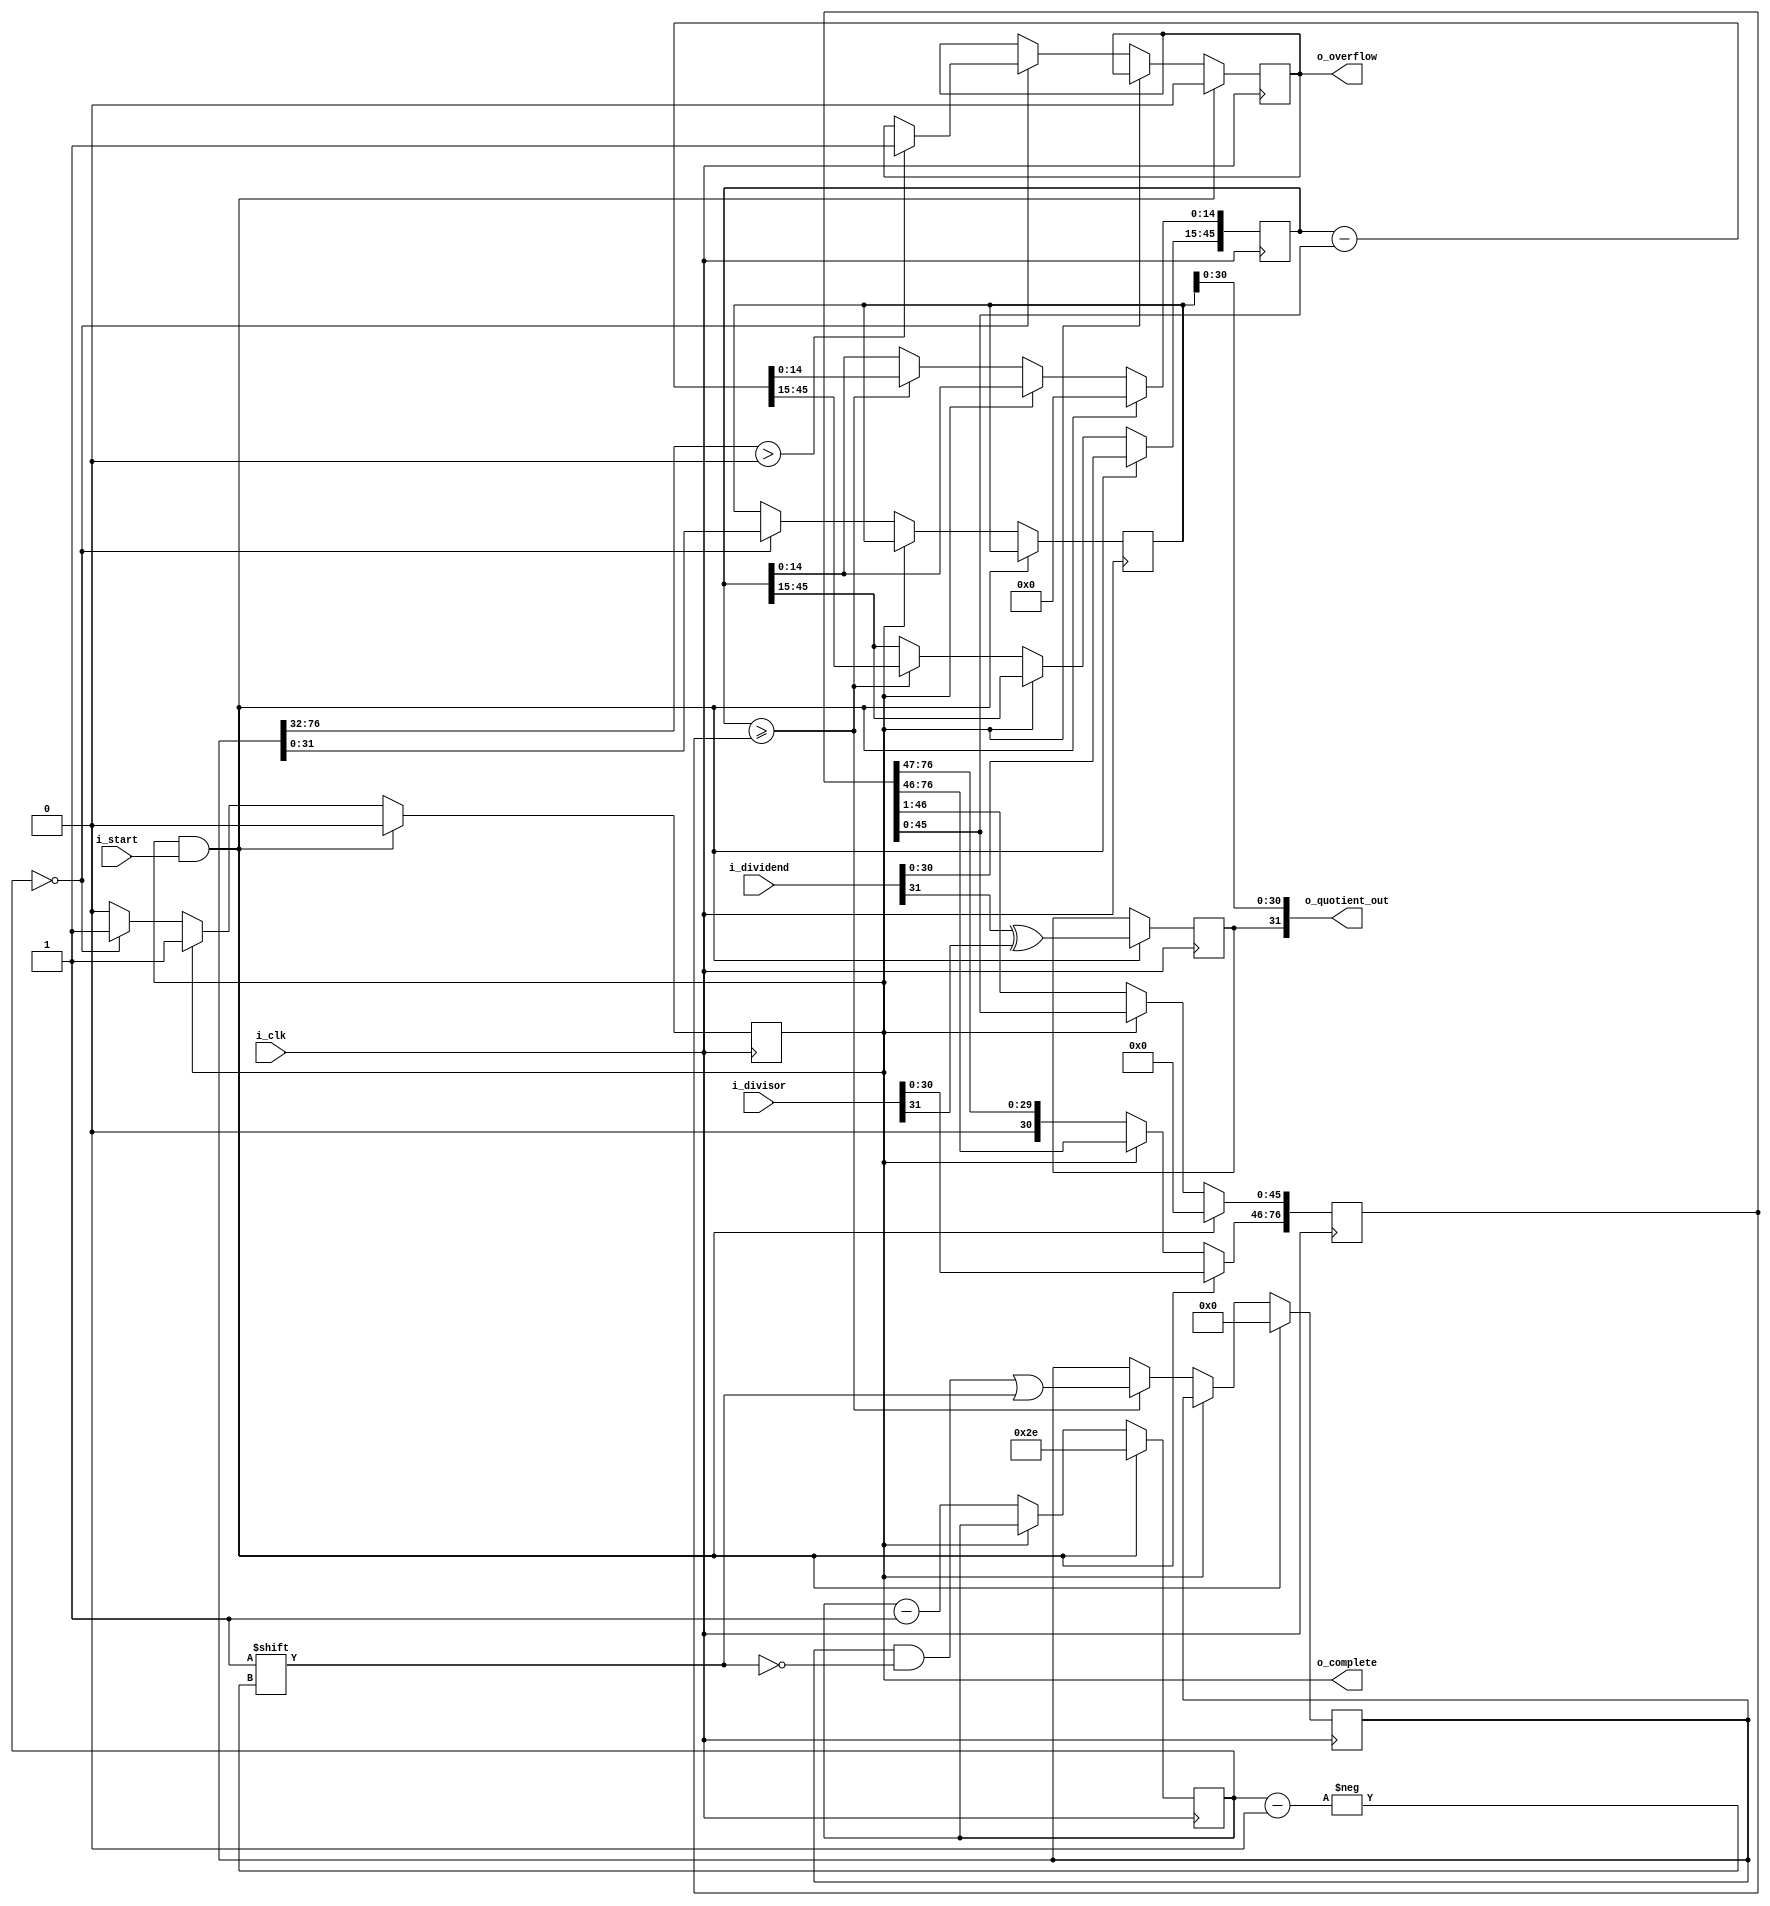
module qdiv #(
	//Parameterized values
	parameter Q = 15,
	parameter N = 32
	)
	(
	input 	[N-1:0] i_dividend,
	input 	[N-1:0] i_divisor,
	input 	i_start,
	input 	i_clk,
	output 	[N-1:0] o_quotient_out,
	output 	o_complete,
	output	o_overflow
	);
 
	reg [2*N+Q-3:0]	reg_working_quotient;	
	reg [N-1:0] 		reg_quotient;				
	reg [N-2+Q:0] 		reg_working_dividend;	
	reg [2*N+Q-3:0]	reg_working_divisor;		
 
	reg [N-1:0] 			reg_count; 		
													
										 
	reg					reg_done;			
	reg					reg_sign;			
	reg					reg_overflow;		
 
	initial reg_done = 1'b1;				
	initial reg_overflow = 1'b0;			
	initial reg_sign = 1'b0;				

	initial reg_working_quotient = 0;	
	initial reg_quotient = 0;				
	initial reg_working_dividend = 0;	
	initial reg_working_divisor = 0;		
 	initial reg_count = 0; 		

 
	assign o_quotient_out[N-2:0] = reg_quotient[N-2:0];	
	assign o_quotient_out[N-1] = reg_sign;						
	assign o_complete = reg_done;
	assign o_overflow = reg_overflow;
 
	always @( posedge i_clk ) begin
		if( reg_done && i_start ) begin										
			
			reg_done <= 1'b0;														
			reg_count <= N+Q-1;											
			reg_working_quotient <= 0;									
			reg_working_dividend <= 0;									
			reg_working_divisor <= 0;									
			reg_overflow <= 1'b0;										

			reg_working_dividend[N+Q-2:Q] <= i_dividend[N-2:0];				
			reg_working_divisor[2*N+Q-3:N+Q-1] <= i_divisor[N-2:0];		

			reg_sign <= i_dividend[N-1] ^ i_divisor[N-1];		
			end 
		else if(!reg_done) begin
			reg_working_divisor <= reg_working_divisor >> 1;	
			reg_count <= reg_count - 1;								

			//	If the dividend is greater than the divisor
			if(reg_working_dividend >= reg_working_divisor) begin
				reg_working_quotient[reg_count] <= 1'b1;										
				reg_working_dividend <= reg_working_dividend - reg_working_divisor;	
				end
 
			//stop condition
			if(reg_count == 0) begin
				reg_done <= 1'b1;										
				reg_quotient <= reg_working_quotient;			
				if (reg_working_quotient[2*N+Q-3:N]>0)
					reg_overflow <= 1'b1;
					end
			else
				reg_count <= reg_count - 1;	
			end
		end
endmodule